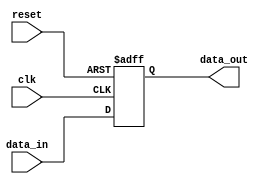
module async_reset_example (
    input wire clk,         // Clock input
    input wire reset,       // Asynchronous reset input
    input wire [7:0] data_in, // Example input signal
    output reg [7:0] data_out // Example output signal
);

// Asynchronous reset behavior
always @(posedge clk or posedge reset) begin
    if (reset) begin
        // Set output to predefined reset state
        data_out <= 8'b0; // Reset state (can be modified as needed)
    end else begin
        // Normal operation on clock edge
        data_out <= data_in; // Example operation: output data from input
    end
end

endmodule